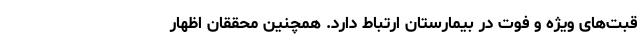
قبت‌های ویژه و فوت در بیمارستان ارتباط دارد. همچنین محققان اظهار